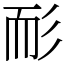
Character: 耏